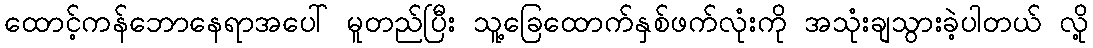
ထောင့်ကန်ဘောနေရာအပေါ် မူတည်ပြီး သူ့ခြေထောက်နှစ်ဖက်လုံးကို အသုံးချသွားခဲ့ပါတယ် လို့